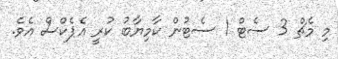
މި މެޗް 3 ސެޓް 1 ސެޓުން ކާމިޔާބު ކުރީ އެޕެކްސް އެވެ.